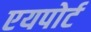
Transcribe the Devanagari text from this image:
एयपोर्ट